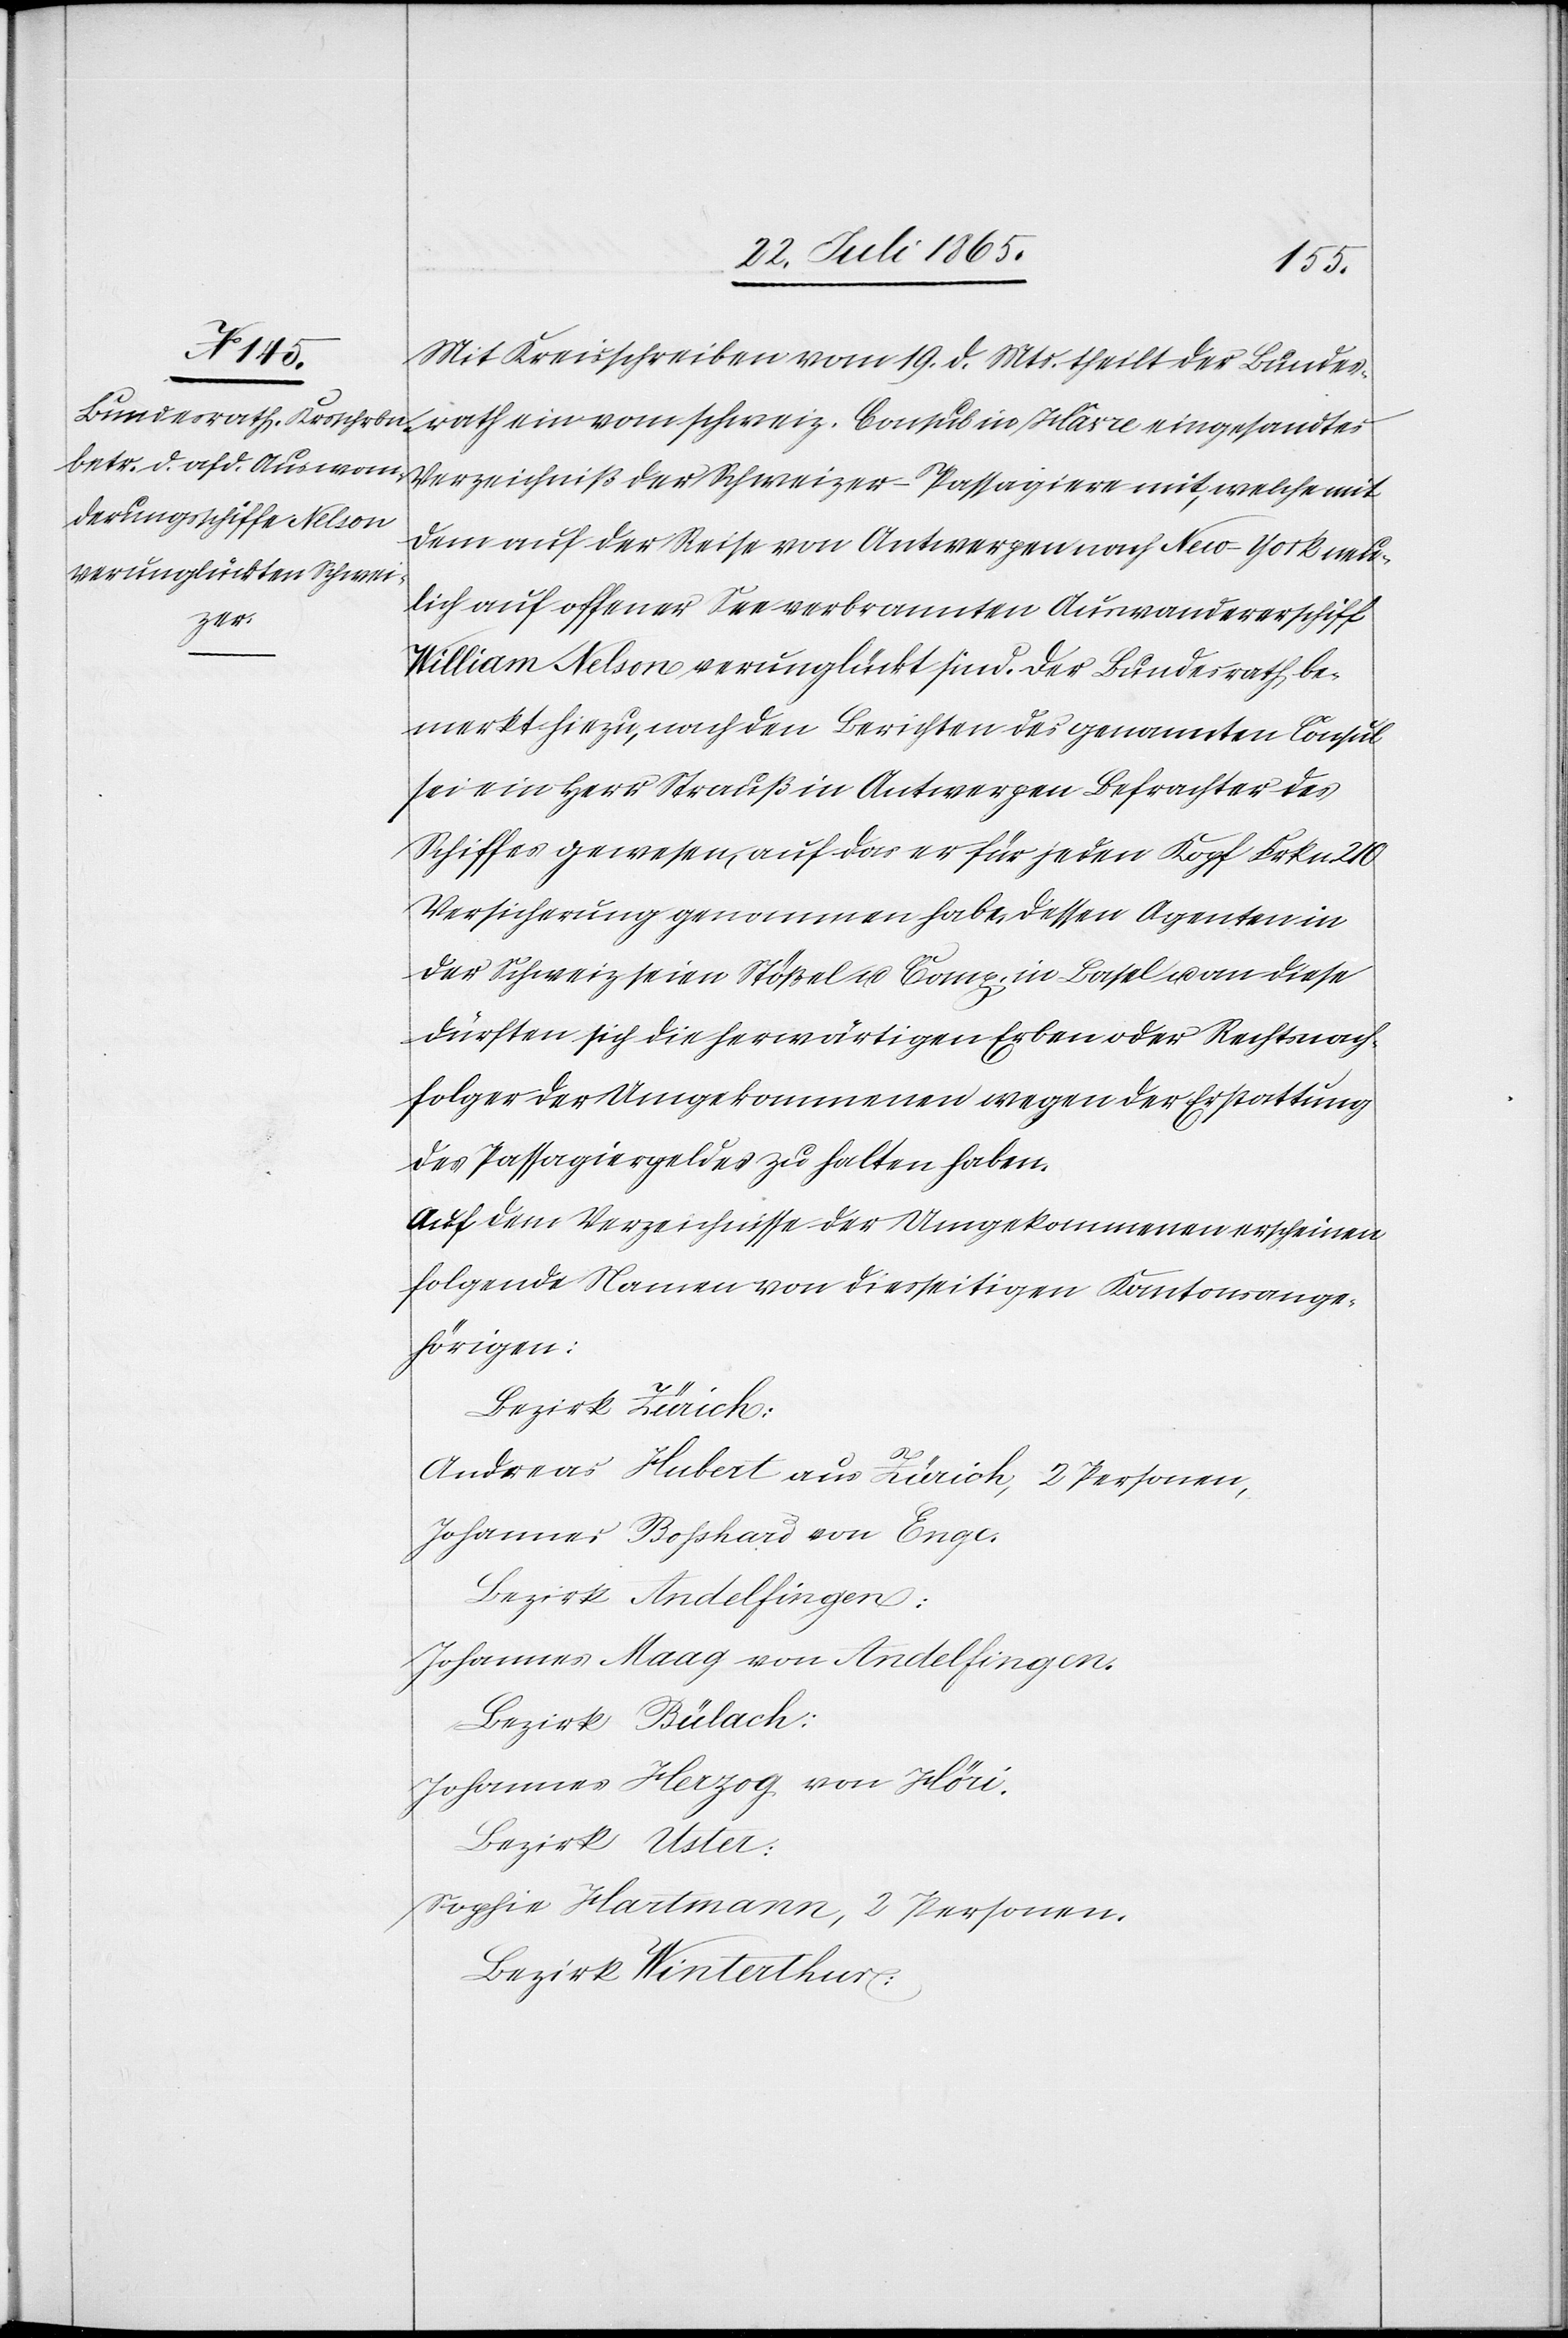
Mit Kreisschreiben vom 19. d. Mts. theilt der Bundes¬
rath ein vom schweiz. Consul in Hâvre eingesandtes
Verzeichniß der Schweizer-Passagiere mit, welche mit
dem auf der Reise von Antwerpen nach New-York neu¬
lich auf offener See verbrannten Auswandererschiff
William Nelson verunglückt sind. Der Bundesrath be¬
merkt hiezu, nach den Berichten des genannten Consul
sei ein Herr Strauß in Antwerpen Befrachter des
Schiffes gewesen, auf das er für jeden Kopf Frkn. 210
Versicherung genommen habe. Dessen Agenten in
der Schweiz seien Stößel u. Comp. in Basel u. an diese
dürften sich die herwärtigen Erben oder Rechtsnach¬
folger der Umgekommenen wegen der Erstattung
des Passagiergeldes zu halten haben.
Auf dem Verzeichnisse der Umgekommenen erscheinen
folgende Namen von diesseitigen Kantonsange¬
hörigen:
Bezirk Zürich:
Andreas Hubert aus Zürich, 2 Personen,
Johannes Bosshard von Enge.
Bezirk Andelfingen:
Johannes Maag von Andelfingen.
Bezirk Bülach:
Johannes Herzog von Höri.
Bezirk Uster:
Sophie Hartmann, 2 Personen.
Bezirk Winterthur: